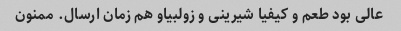
عالی بود طعم و کیفیا شیرینی و زولبیاو هم زمان ارسال. ممنون